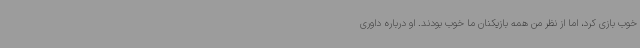
خوب بازی کرد، اما از نظر من همه بازیکنان ما خوب بودند. او درباره داوری